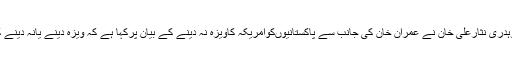
وزیرداخلہ چوہدری نثارعلی خان نے عمران خان کی جانب سے پاکستانیوںکوامریکہ کاویزہ نہ دینے کے بیان پرکہا ہے کہ ویزہ دینے یانہ دینے کامعاملہ نہیں۔